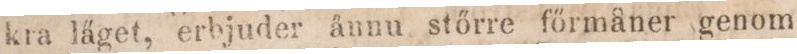
kra läget, erbjuder ånnu stőrre főrmåner genom